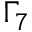
\Gamma _ { 7 }